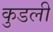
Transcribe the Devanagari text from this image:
कुडली